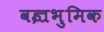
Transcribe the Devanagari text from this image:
वज्रभुमिक